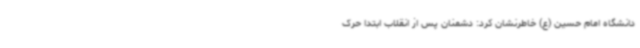
دانشگاه امام حسین (ع) خاطرنشان کرد: دشمنان پس از انقلاب ابتدا حرک